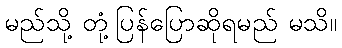
မည်သို့ တုံ့ပြန်ပြောဆိုရမည် မသိ။